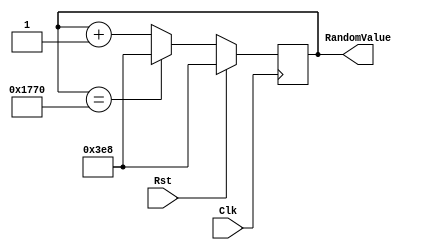
`timescale 1ns / 1ns

module RandomGen(Clk, Rst, RandomValue);

   input Clk, Rst;
   output [12:0] RandomValue; // you need decide the number of bits here.
   
	parameter MinValue = 1000;
	parameter MaxValue = 6000;
	
	reg [12:0] Value;
	
	always @ (posedge Clk) begin
		if (Rst == 1) begin
			Value <= MinValue;
		end
		else begin
			if (Value == MaxValue) begin
				Value <= MinValue;
			end
			else begin
				Value <= Value + 1;
			end
		end
	end
	
	assign RandomValue = Value;
   
endmodule